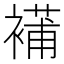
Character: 𧜿